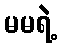
မမရဲ့